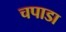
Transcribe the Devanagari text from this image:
चपाडा